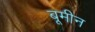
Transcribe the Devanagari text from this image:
बूमीन